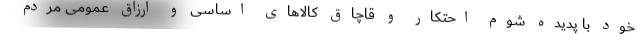
خود با پدیده شوم احتکار و قاچاق کالاهای اساسی و ارزاق عمومی مردم